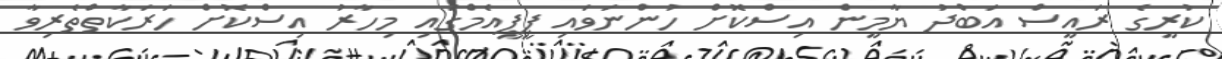
ކުރީގެ ރައީސް އަބްދު ޔާމީން އިސްކޮށް ހުންނަވައި ޕީޕީއެމްގައި މިހާރު އިސްކޮށް ހަރަކާތްތެރިވާ